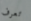
تعرف